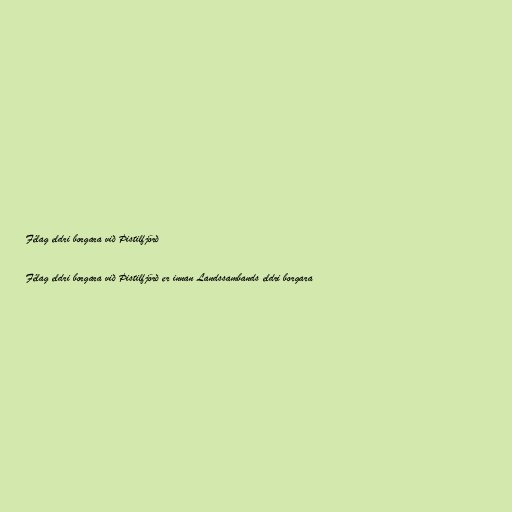
Félag eldri borgara við Þistilfjörð

Félag eldri borgara við Þistilfjörð er innan Landssambands eldri borgara